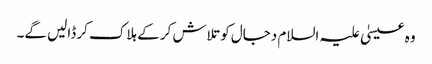
وہ عیسیٰ علیہ السلام دجال کوتلاش کر کے ہلاک کر ڈالیں گے۔